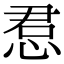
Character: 𫺔